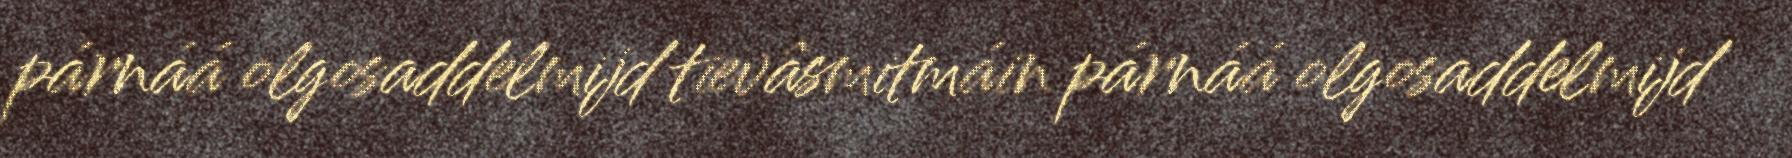
párnáá olgosaddelmijd tievâsmitmáin párnáá olgosaddelmijd